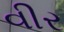
વીર